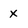
Character: x